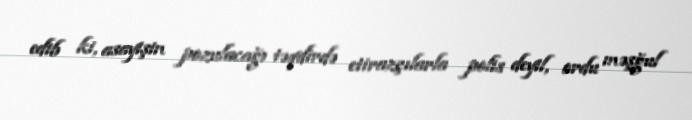
edib ki, asayişin pozulacağı təqdirdə etirazçılarla polis deyil, ordu məşğul